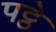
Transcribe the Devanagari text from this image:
पट्ठे